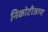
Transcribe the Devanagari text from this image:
निकोटीआना